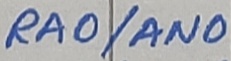
Text: RA0/AN0